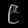
Digit: ၉